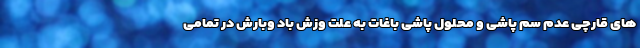
های قارچی عدم سم پاشی و محلول پاشی باغات به علت وزش باد وبارش در تمامی